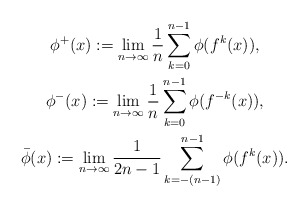
\begin{gather*}\phi^+(x) := \lim _{n \rightarrow \infty}\frac1n \sum^{n-1}_{k=0} \phi(f^k(x)), \\\phi^-(x) := \lim _{n \rightarrow \infty}\frac1n \sum^{n-1}_{k=0} \phi(f^{-k}(x)), \\\bar\phi(x) := \lim _{n \rightarrow \infty}\frac1{2n-1} \sum^{n-1}_{k=-(n-1)} \phi(f^k(x)). \end{gather*}